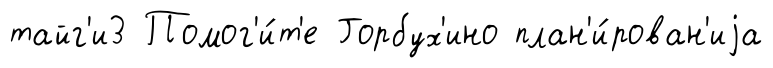
тайг'и3 Помог'и́т'е Горбух'ино план'и́рован'иjа